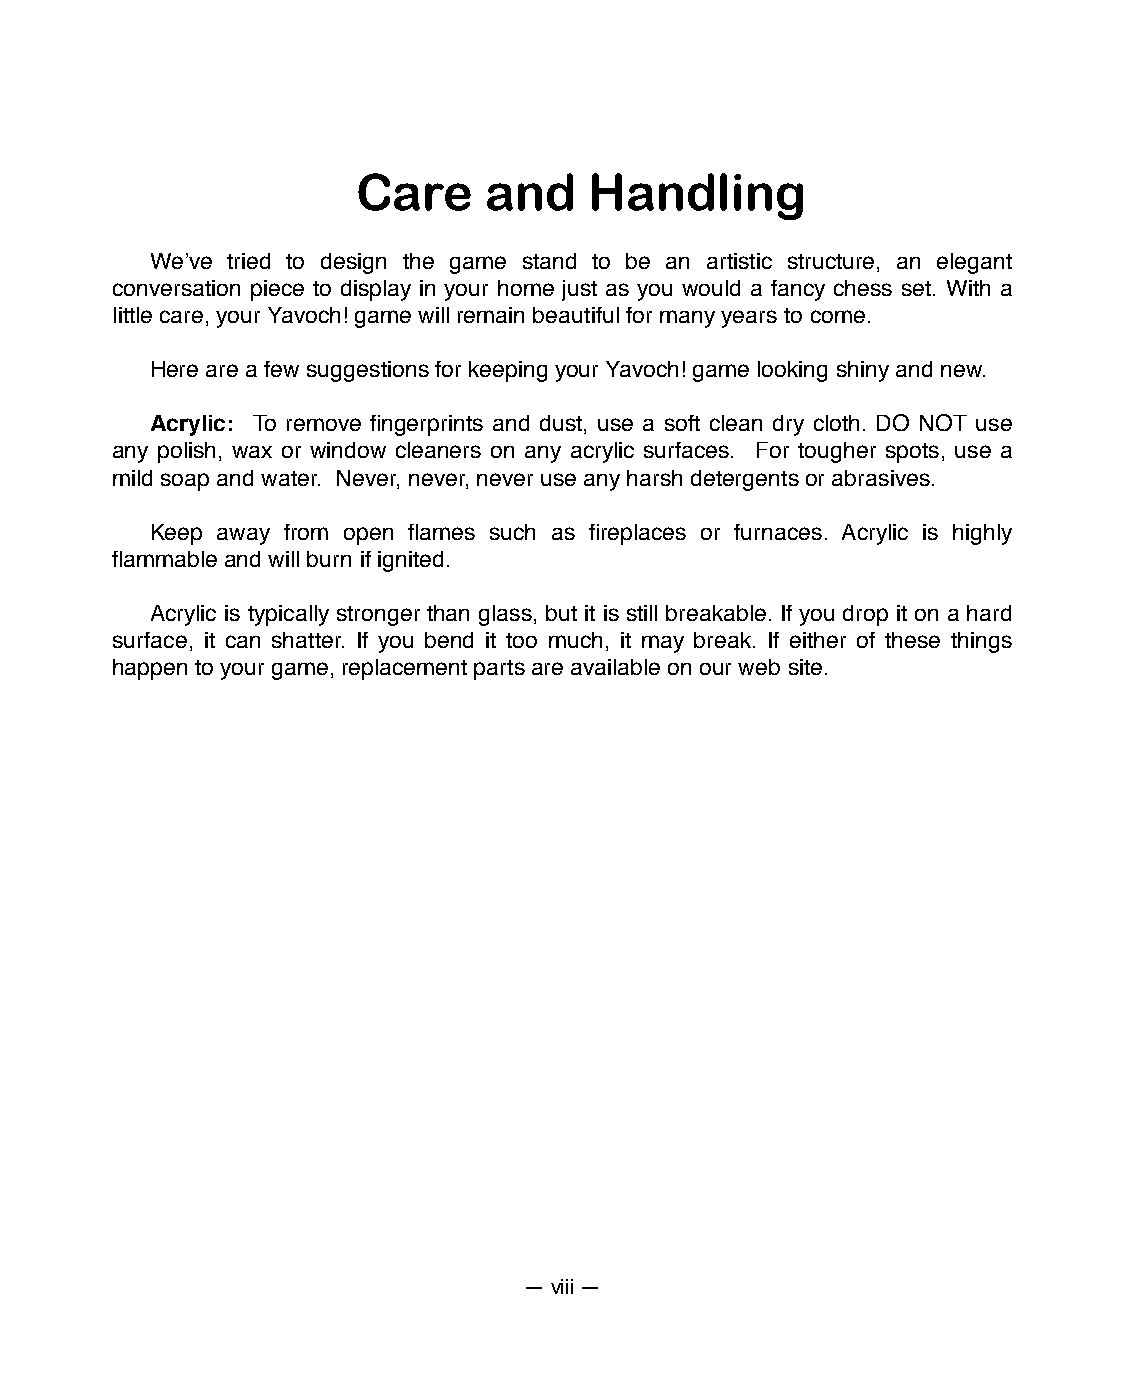
Care    and    Handling
 Weʼve tried to design the game stand to be an artistic structure, an elegant
 conversation piece to display in your home just as you would a fancy chess set. With a
 little care, your Yavoch! game will remain beautiful for many years to come.
 Here are a few suggestions for keeping your Yavoch! game looking shiny and new.
 Acrylic: To remove fingerprints and dust, use a soft clean dry cloth. DO NOT use
 any polish, wax or window cleaners on any acrylic surfaces. For tougher spots, use a
 mild soap and water. Never, never, never use any harsh detergents or abrasives.
 Keep away from open flames such as fireplaces or furnaces. Acrylic is highly
 flammable and will burn if ignited.
 Acrylic is typically stronger than glass, but it is still breakable. If you drop it on a hard
 surface, it can shatter. If you bend it too much, it may break. If either of these things
 happen to your game, replacement parts are available on our web site.
 — viii —